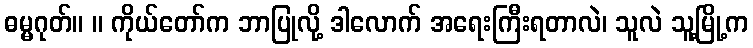
ဓမ္မဂုတ်။ ။ ကိုယ်တော်က ဘာပြုလို့ ဒါလောက် အရေးကြီးရတာလဲ၊ သူလဲ သူ့မြို့က